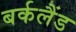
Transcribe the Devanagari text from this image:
बर्कलैंड